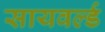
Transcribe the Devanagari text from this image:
सायवर्ल्ड